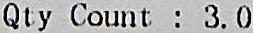
QTY COUNT : 3.0